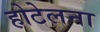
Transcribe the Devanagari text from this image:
होटेलना